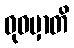
ဓုဝမှာတိ